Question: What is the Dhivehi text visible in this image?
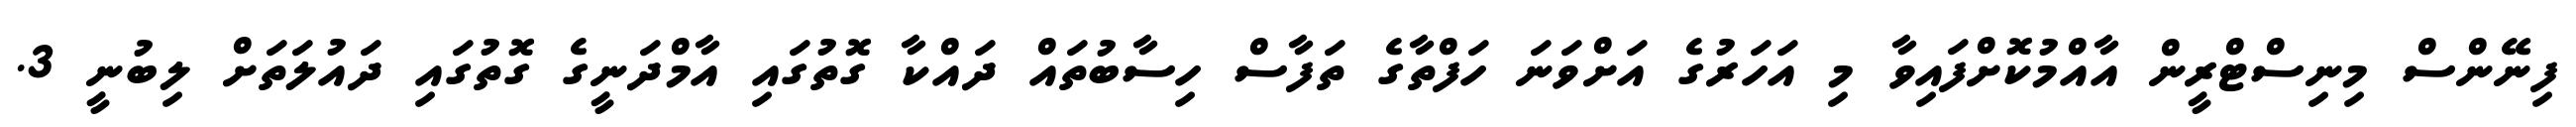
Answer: ފިނޭންސް މިނިސްޓްރީން އާއްމުކޮށްފައިވާ މި އަހަރުގެ އަށްވަނަ ހަފްތާގެ ތަފާސް ހިސާބުތައް ދައްކާ ގޮތުގައި އާމްދަނީގެ ގޮތުގައި ދައުލަތަށް ލިބުނީ 3.